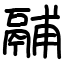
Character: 鬴